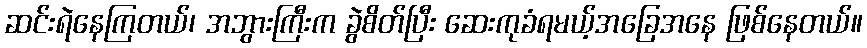
ဆင်းရဲနေကြတယ်၊ အဘွားကြီးက ခွဲစိတ်ပြီး ဆေးကုခံရမယ့်အခြေအနေ ဖြစ်နေတယ်။